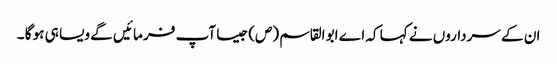
ان کے سرداروں نے کہا کہ اے ابو القاسم (ص) جیسا آپ فر ما ئیں گے ویسا ہی ہو گا ۔